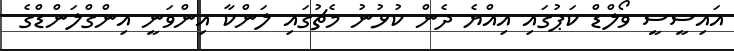
އައިސީސީ ވޯލްޑް ކަޕުގައި އިއްޔެ ދެން ކުޅުނު މެޗުގައި ލަންކާ އިންވަނީ އިންގްލަންޑްގެ